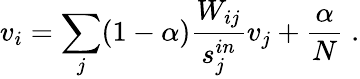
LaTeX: v_{i}=\sum_{j}(1-\alpha)\frac{W_{ij}}{s_{j}^{in}}v_{j}+\frac{\alpha}{N}\; .